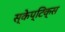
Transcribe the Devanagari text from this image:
स्केप्टिक्स